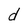
Character: d